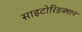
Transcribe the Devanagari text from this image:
साइटोरिडक्शन